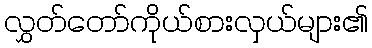
လွှတ်တော်ကိုယ်စားလှယ်များ၏